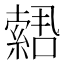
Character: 𫧫